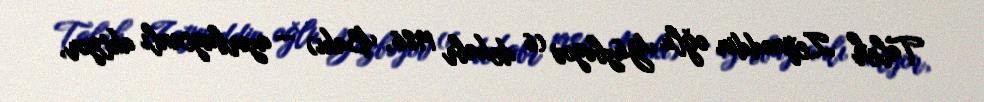
Taleh Zeynəddin oğlu Yüzbəyov (6 dekabr 1986, Bakı) — azərbaycanlı aktyor,